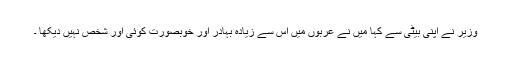
وزیر نے اپنی بیٹی سے کہا میں نے عربوں میں اس سے زیادہ بہادر اور خوبصورت کوئی اور شخص نہیں دیکھا ۔